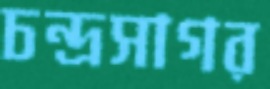
চন্দ্রসাগর